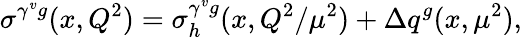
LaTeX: \sigma^{\gamma^{v}g}(x,Q^{2})=\sigma_{h}^{\gamma^{v}g}(x,Q^{2}/\mu^{2})+\Delta q^{g}(x,\mu^{2}),